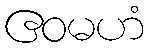
ဧဝမဟံ